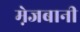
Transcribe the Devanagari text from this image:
मे़जबानी